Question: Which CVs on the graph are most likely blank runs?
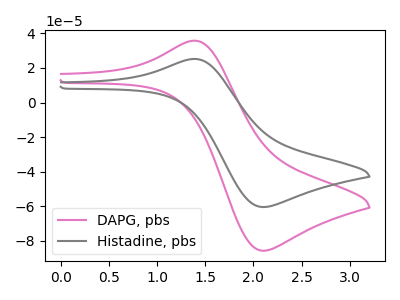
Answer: <think>The pink curve "DAPG, pbs" has an anodic peak at (1.40V, 35.75uA) and a cathodic peak at (2.10V, -85.65uA). The gray curve "Histadine, pbs" has an anodic peak at (1.40V, 25.20uA) and a cathodic peak at (2.10V, -60.40uA).</think>
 <answer>There are not any CV's on this graph that are likely to be blanks.</answer>
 <eval>none</eval>